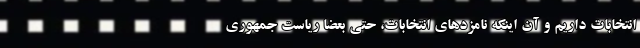
انتخابات داریم و آن اینکه نامزدهای انتخابات، حتی بعضا ریاست جمهوری